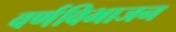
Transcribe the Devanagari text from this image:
वर्णविभाजन